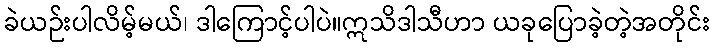
ခဲယဉ်းပါလိမ့်မယ်၊ ဒါကြောင့်ပါပဲ။ဣသိဒါသီဟာ ယခုပြောခဲ့တဲ့အတိုင်း